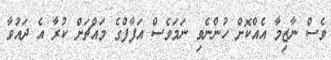
ވެސް ނާޒިމާ އެއްކޮށް ހުންނެވި ނަމަވެސް އަފާފްގެ މައްޗަށް ކުރާ އެ ދައުވާ